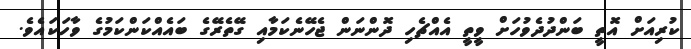
ކުރިއަށް އޮތީ ބަންދުދެވުހަށް ވީތީ އެއްޗެހި ދޮންނަން ޖެހޭނެކަމާއި ގޭތެރޭގެ ބައެއްކަންކަމުގެ ވާހަކައެވެ.